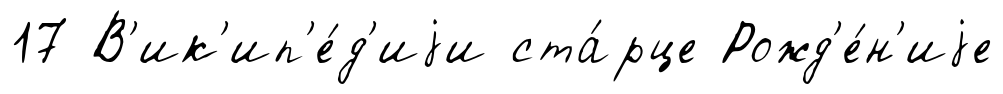
17 В'ик'ип'е́д'иjи ста́рце Рожд'е́н'иjе